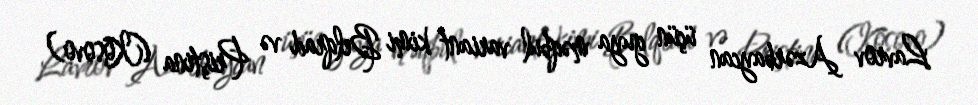
Lavrov Azərbaycan üçün guya məqbul variant kimi Belqrad və Priştina (Kosovo)